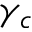
\gamma _ { c }